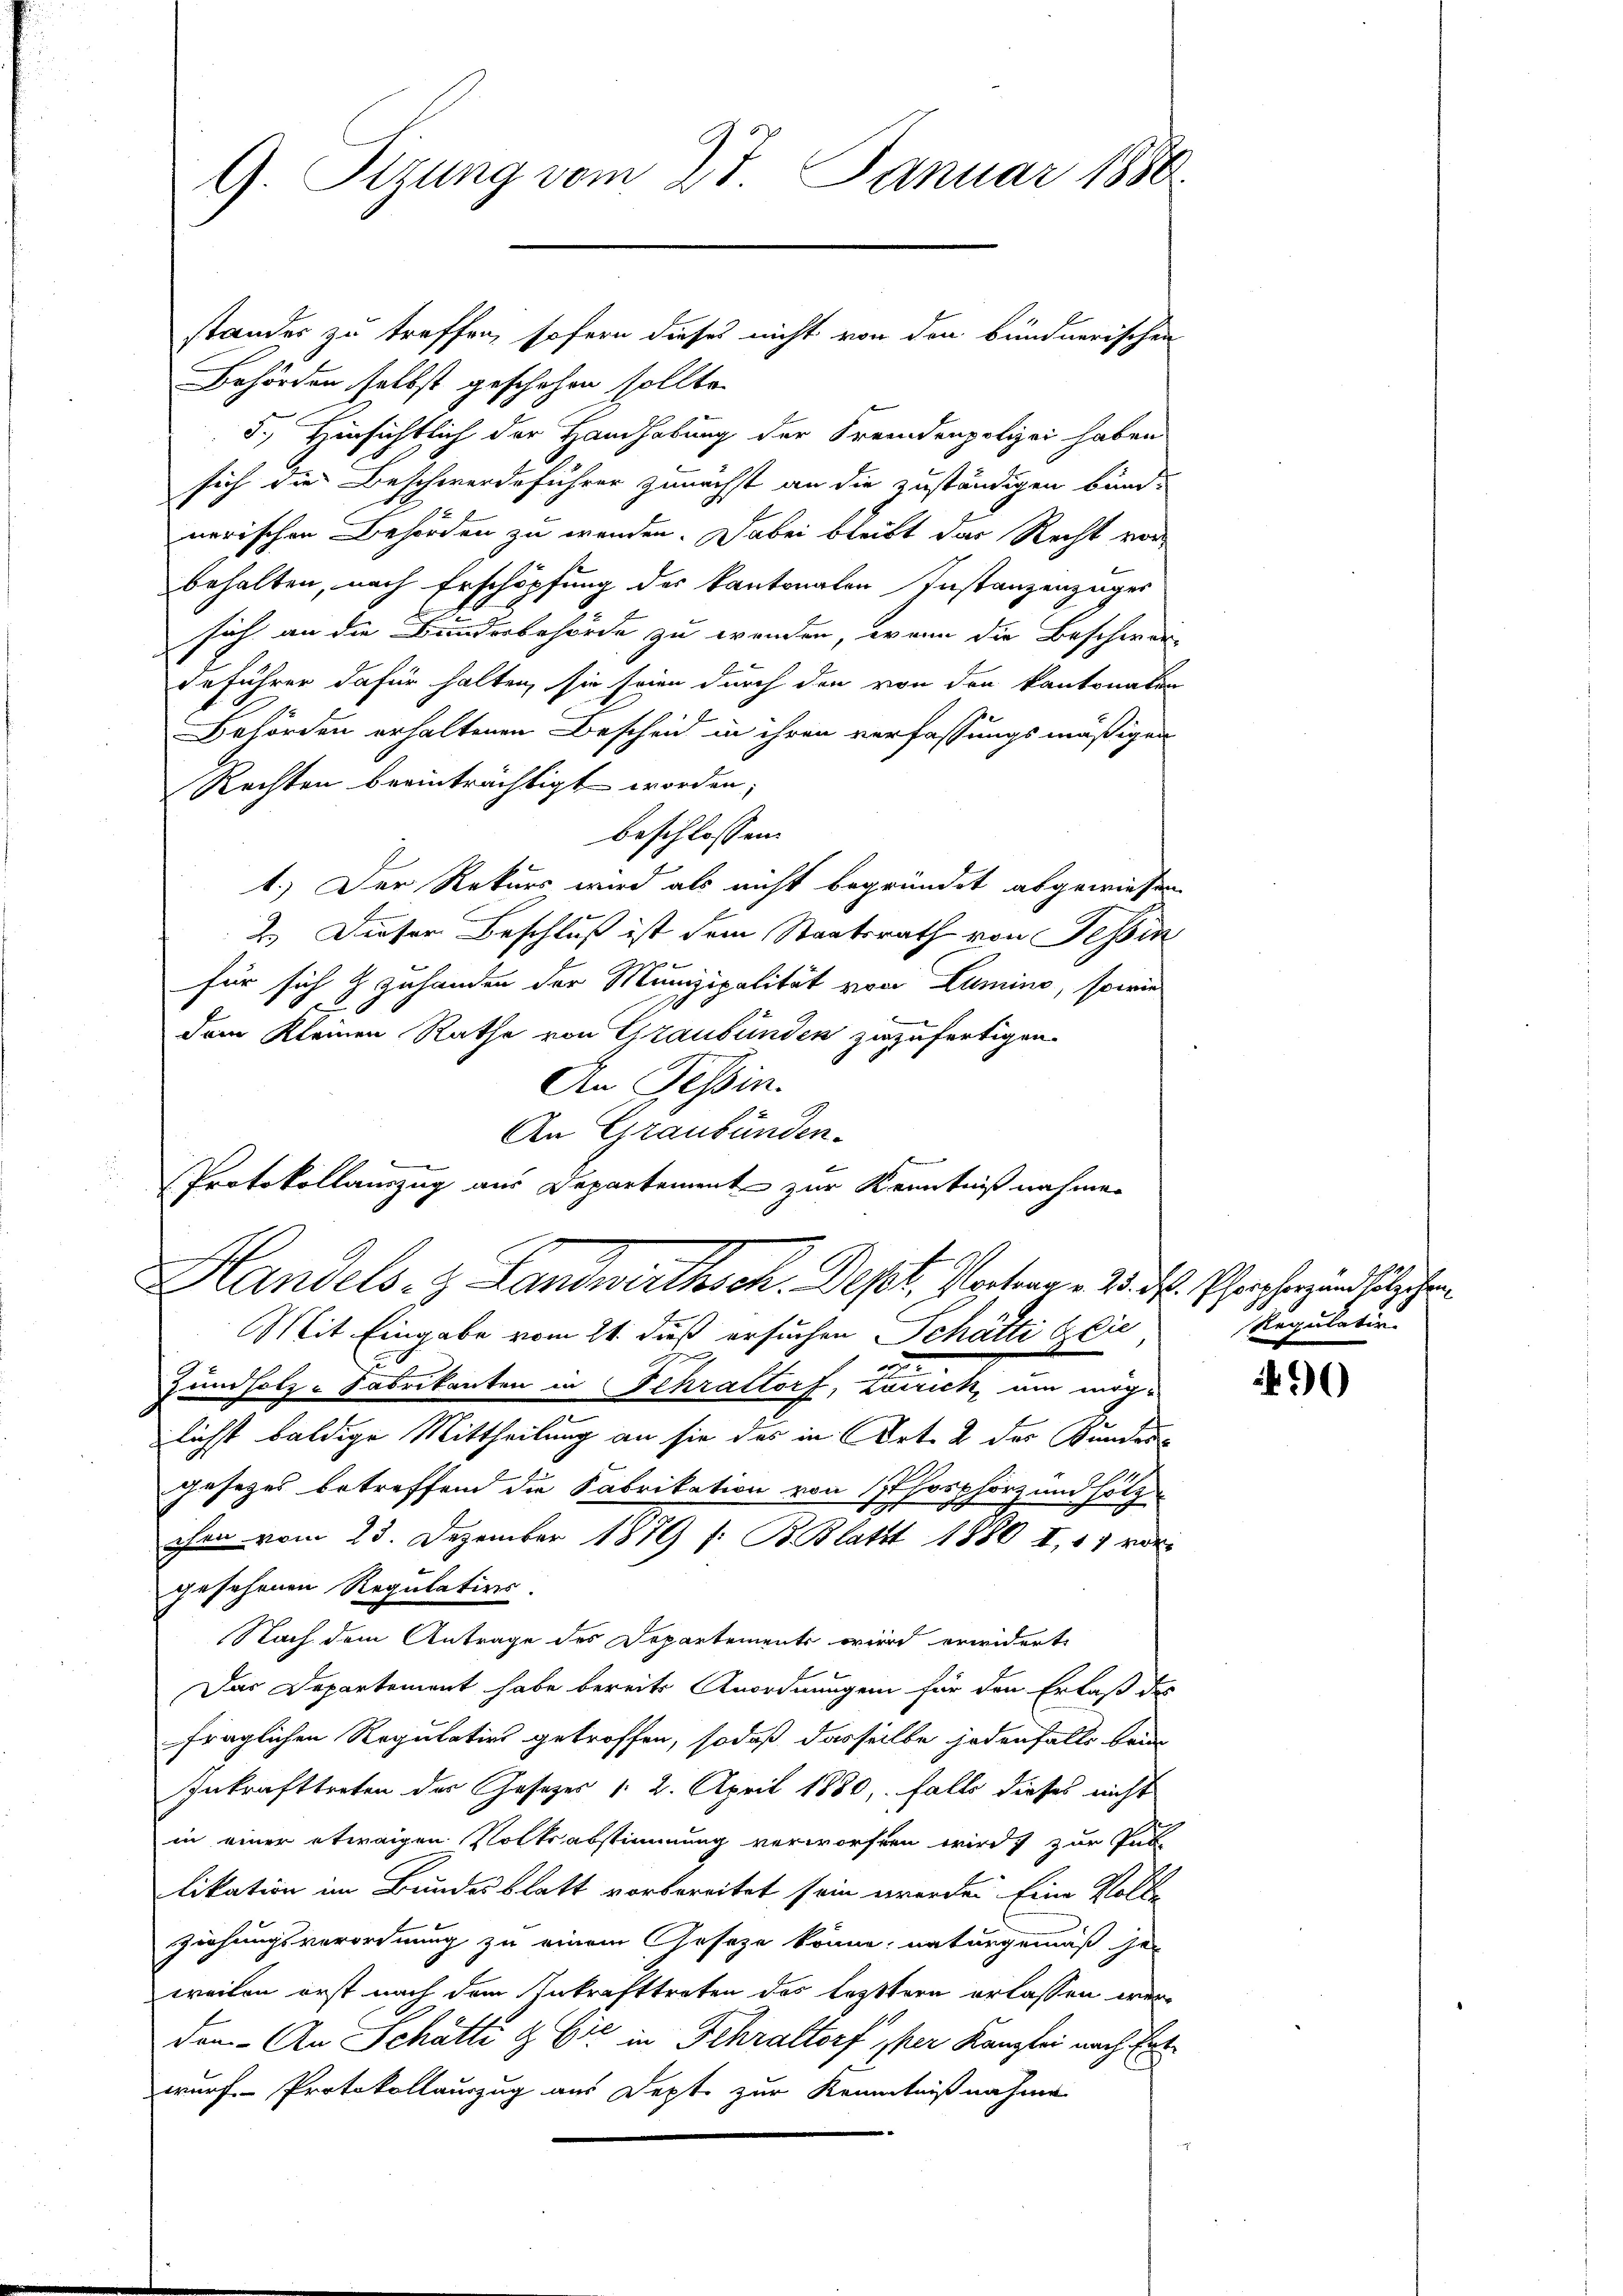
G. Sizung vom 27. Januar 1880

standes zu treffen, sofern dieses nicht von den bündnerischen
Behörden selbst geschehen sollte.
5.) Hinsichtlich der Handhabung der Fremdenpolizei haben
sich die Beschwerdeführer zunächst an die zuständigen bund-
nerischen Behörden zu wenden. Dabei bleibt das Recht vor
behalten, nach Erschöpfung des kantonalen Instanzenzuges
sich an die Bundesbehörde zu wenden, wenn die Beschwer-
deführer dafür halten, sie seien durch den von den kantonalen
Behörden erhaltenen Bescheid in ihren verfassungsmäßigen
Rechten beeinträchtigt worden,
beschlossen:
1.) Der Rekurs wird als nicht begründet abgewiesen.
2.) Dieser Beschluß ist dem Staatsrath von Tessin
für sich & zuhanden der Munizipalität von Lumino, sowie
dem Kleinen Rathe von Graubünden zuzufertigen.
An Tessin.
Mit Eingabe vom 21. daß ersuchen Schätte 6. Die
u
Zundholz-Fabrikanten in Schrattorf, Lorrich, um möglichst baldige Mittheilung an sie das in Art. 2 des Bunden
gesetzes betreffend die Fabrikation von Phosphorz und Hölz
chen vom 23. Dezember 1879 f: B. Blattt 1880 II, 17 vorgesehenen Regulations.
Nach dem Antrage des Departements wird erwidert,
Das Departement habe bereits Anordnungen für den Erlaß des
fraglichen Regulation getroffen, sodaß dasselbe jedenfalls brin
Inkrafttreten der Gesetzes 1. 2. April 1880, falls dieses nicht
in einer etwaigen Volksabstimmung verworfen wird zur Pub-
likation im Bundesblatt vorbereitet sein werden Eine Volke
ziehungsverordnung zu einem Gesetze könne; naturgemäß jen
weilen erst nach dem Inkrafttreten des leztern erlassen werden. An Schatti & Cie in Fehraltorf per Kanzlei nach Ent
wurf Protokollauszug aus Dept zur Kenntnißnahme

An Graubünden.
Protokollauszug aus Departement zur Kenntnißnahmen
Handels- & Landwirthsch. Dest. Vertrag. 20. d. Schrecher und solche

Regulativ.

90